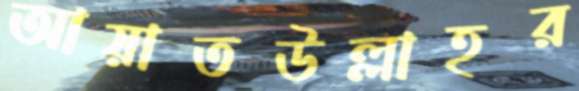
আয়াতউল্লাহর